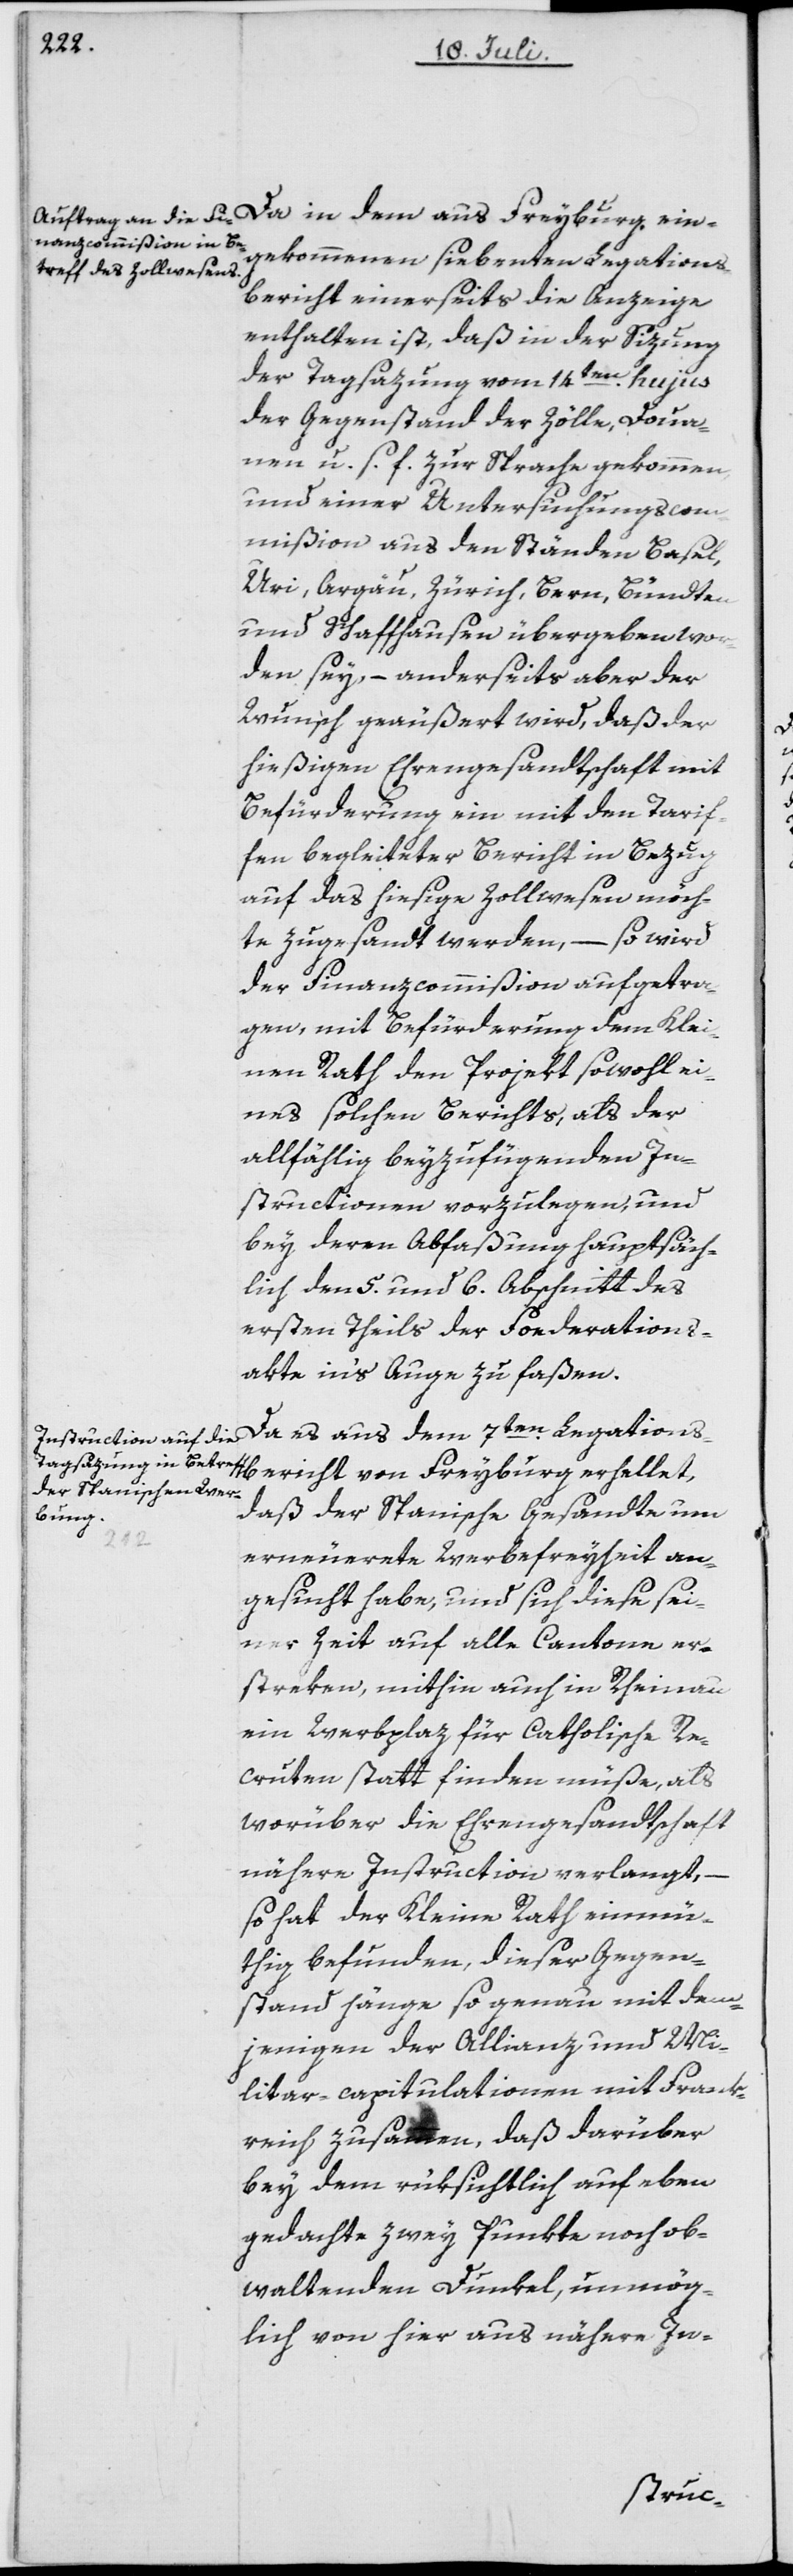
ngekommenen siebenten Legations¬
bericht einerseits die Anzeige
enthalten ist, daß in der Sizung
der Tagsazung vom 14ten hujus
der Gegenstand der Zölle, Doua¬
nen u. s. f. zur Sprache gekommen,
und einer Untersuchungscom¬
mißion aus den Ständen Basel,
Uri, Argäu, Zürich, Bern, Bündten
und Schaffhausen übergeben wor¬
den sey, – anderseits aber der
Wunsch geäußert wird, daß der
hießigen Ehrengesandtschaft mit
Befürderung ein mit den Tarif¬
fen begleiteter Bericht in Bezug
auf das hiesige Zollwesen möch¬
te zugesandt werden, – so wird
der Finanzcommißion aufgetra¬
gen, mit Befürderung dem Klei¬
nen Rath den Projekt sowohl ei¬
nes solchen Berichts, als der
allfählig beyzufügenden In¬
structionen vorzulegen, und
bey deren Abfaßung hauptsäch¬
lich den 5. und 6. Abschnitt des
ersten Theils der Foederations¬
akte in’s Auge zu faßen.
Da es aus dem 7ten Legations¬
daß der Spanische Gesandte um
erneuerte Werbefreyheit an¬
gesucht habe, und sich diese sei¬
ner Zeit auf alle Cantone er¬
streken, mithin auch in Rheinau
ein Werbplaz für Catholische Re¬
cruten statt finden müße, als
worüber die Ehrengesandtschaft
nähere Instruction verlangt,
–
so hat der Kleine Rath einmü¬
thig befunden, dieser Gegen¬
stand hänge so genau mit dem¬
jenigen der Allianz und Mi¬
litar-capitulationen mit Frank¬
reich zusammen, daß darüber
bey dem rüksichtlich auf eben
gedachte zwey Punkte noch ob¬
waltenden Dunkel, unmög¬
lich von hier aus nähere In-
bericht